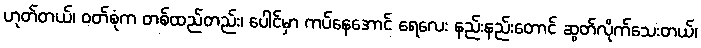
ဟုတ်တယ်၊ ဝတ်စုံက တစ်ထည်တည်း၊ ပေါင်မှာ ကပ်နေအောင် ရေလေး နည်းနည်းတောင် ဆွတ်လိုက်သေးတယ်၊